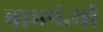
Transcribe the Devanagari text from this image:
बामपंन्थी